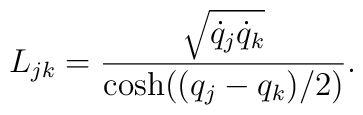
L_{jk}=\frac{\sqrt{\dot q_{j} \dot q_{k}}}{\cosh((q_{j}-q_{k})/2)}.